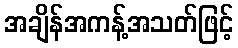
အချိန်အကန့်အသတ်ဖြင့်